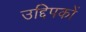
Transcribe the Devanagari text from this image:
उद्दिपकों